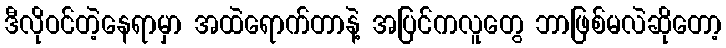
ဒီလိုဝင်တဲ့နေရာမှာ အထဲရောက်တာနဲ့ အပြင်ကလူတွေ ဘာဖြစ်မလဲဆိုတော့